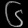
Digit: ၆